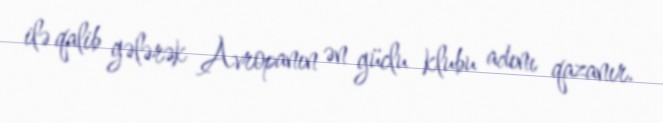
ilə qalib gələrək Avropanın ən güclu klubu adını qazanır.